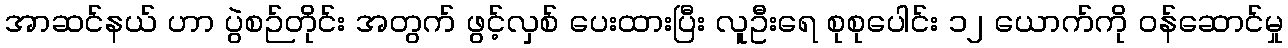
အာဆင်နယ် ဟာ ပွဲစဉ်တိုင်း အတွက် ဖွင့်လှစ် ပေးထားပြီး လူဦးရေ စုစုပေါင်း ၁၂ ယောက်ကို ဝန်ဆောင်မှု